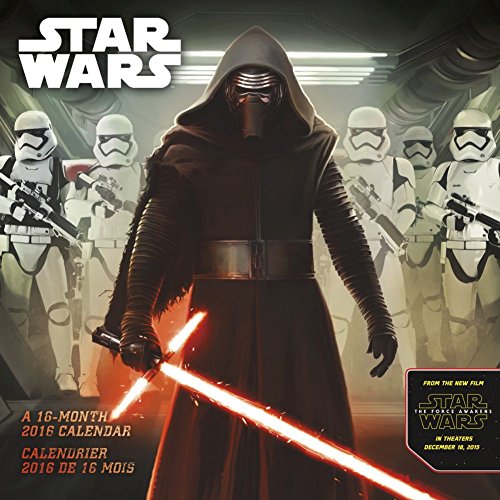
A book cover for Star Wars The Force Awakens 2016 Calendar; Calendars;